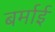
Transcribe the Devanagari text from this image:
बर्माई